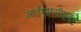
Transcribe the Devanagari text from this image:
आईएफ़पीयूजू